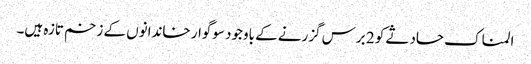
المناک حادثے کو 2 برس گزرنے کے باوجود سوگوار خاندانوں کے زخم تازہ ہیں۔